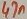
Text: 47n